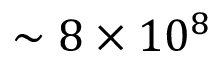
\sim 8 \times 1 0 ^ { 8 }